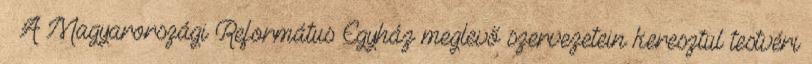
§ A Magyarországi Református Egyház meglevő szervezetein keresztül testvéri